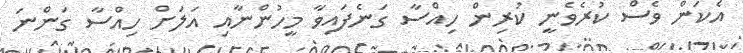
އެކަން ވެސް ކުރެވެނީ ކުރިން ހިއްސާ ގަނެފައިވާ މީހުންނާއި އަލަށް ހިއްސާ ގަންނަ